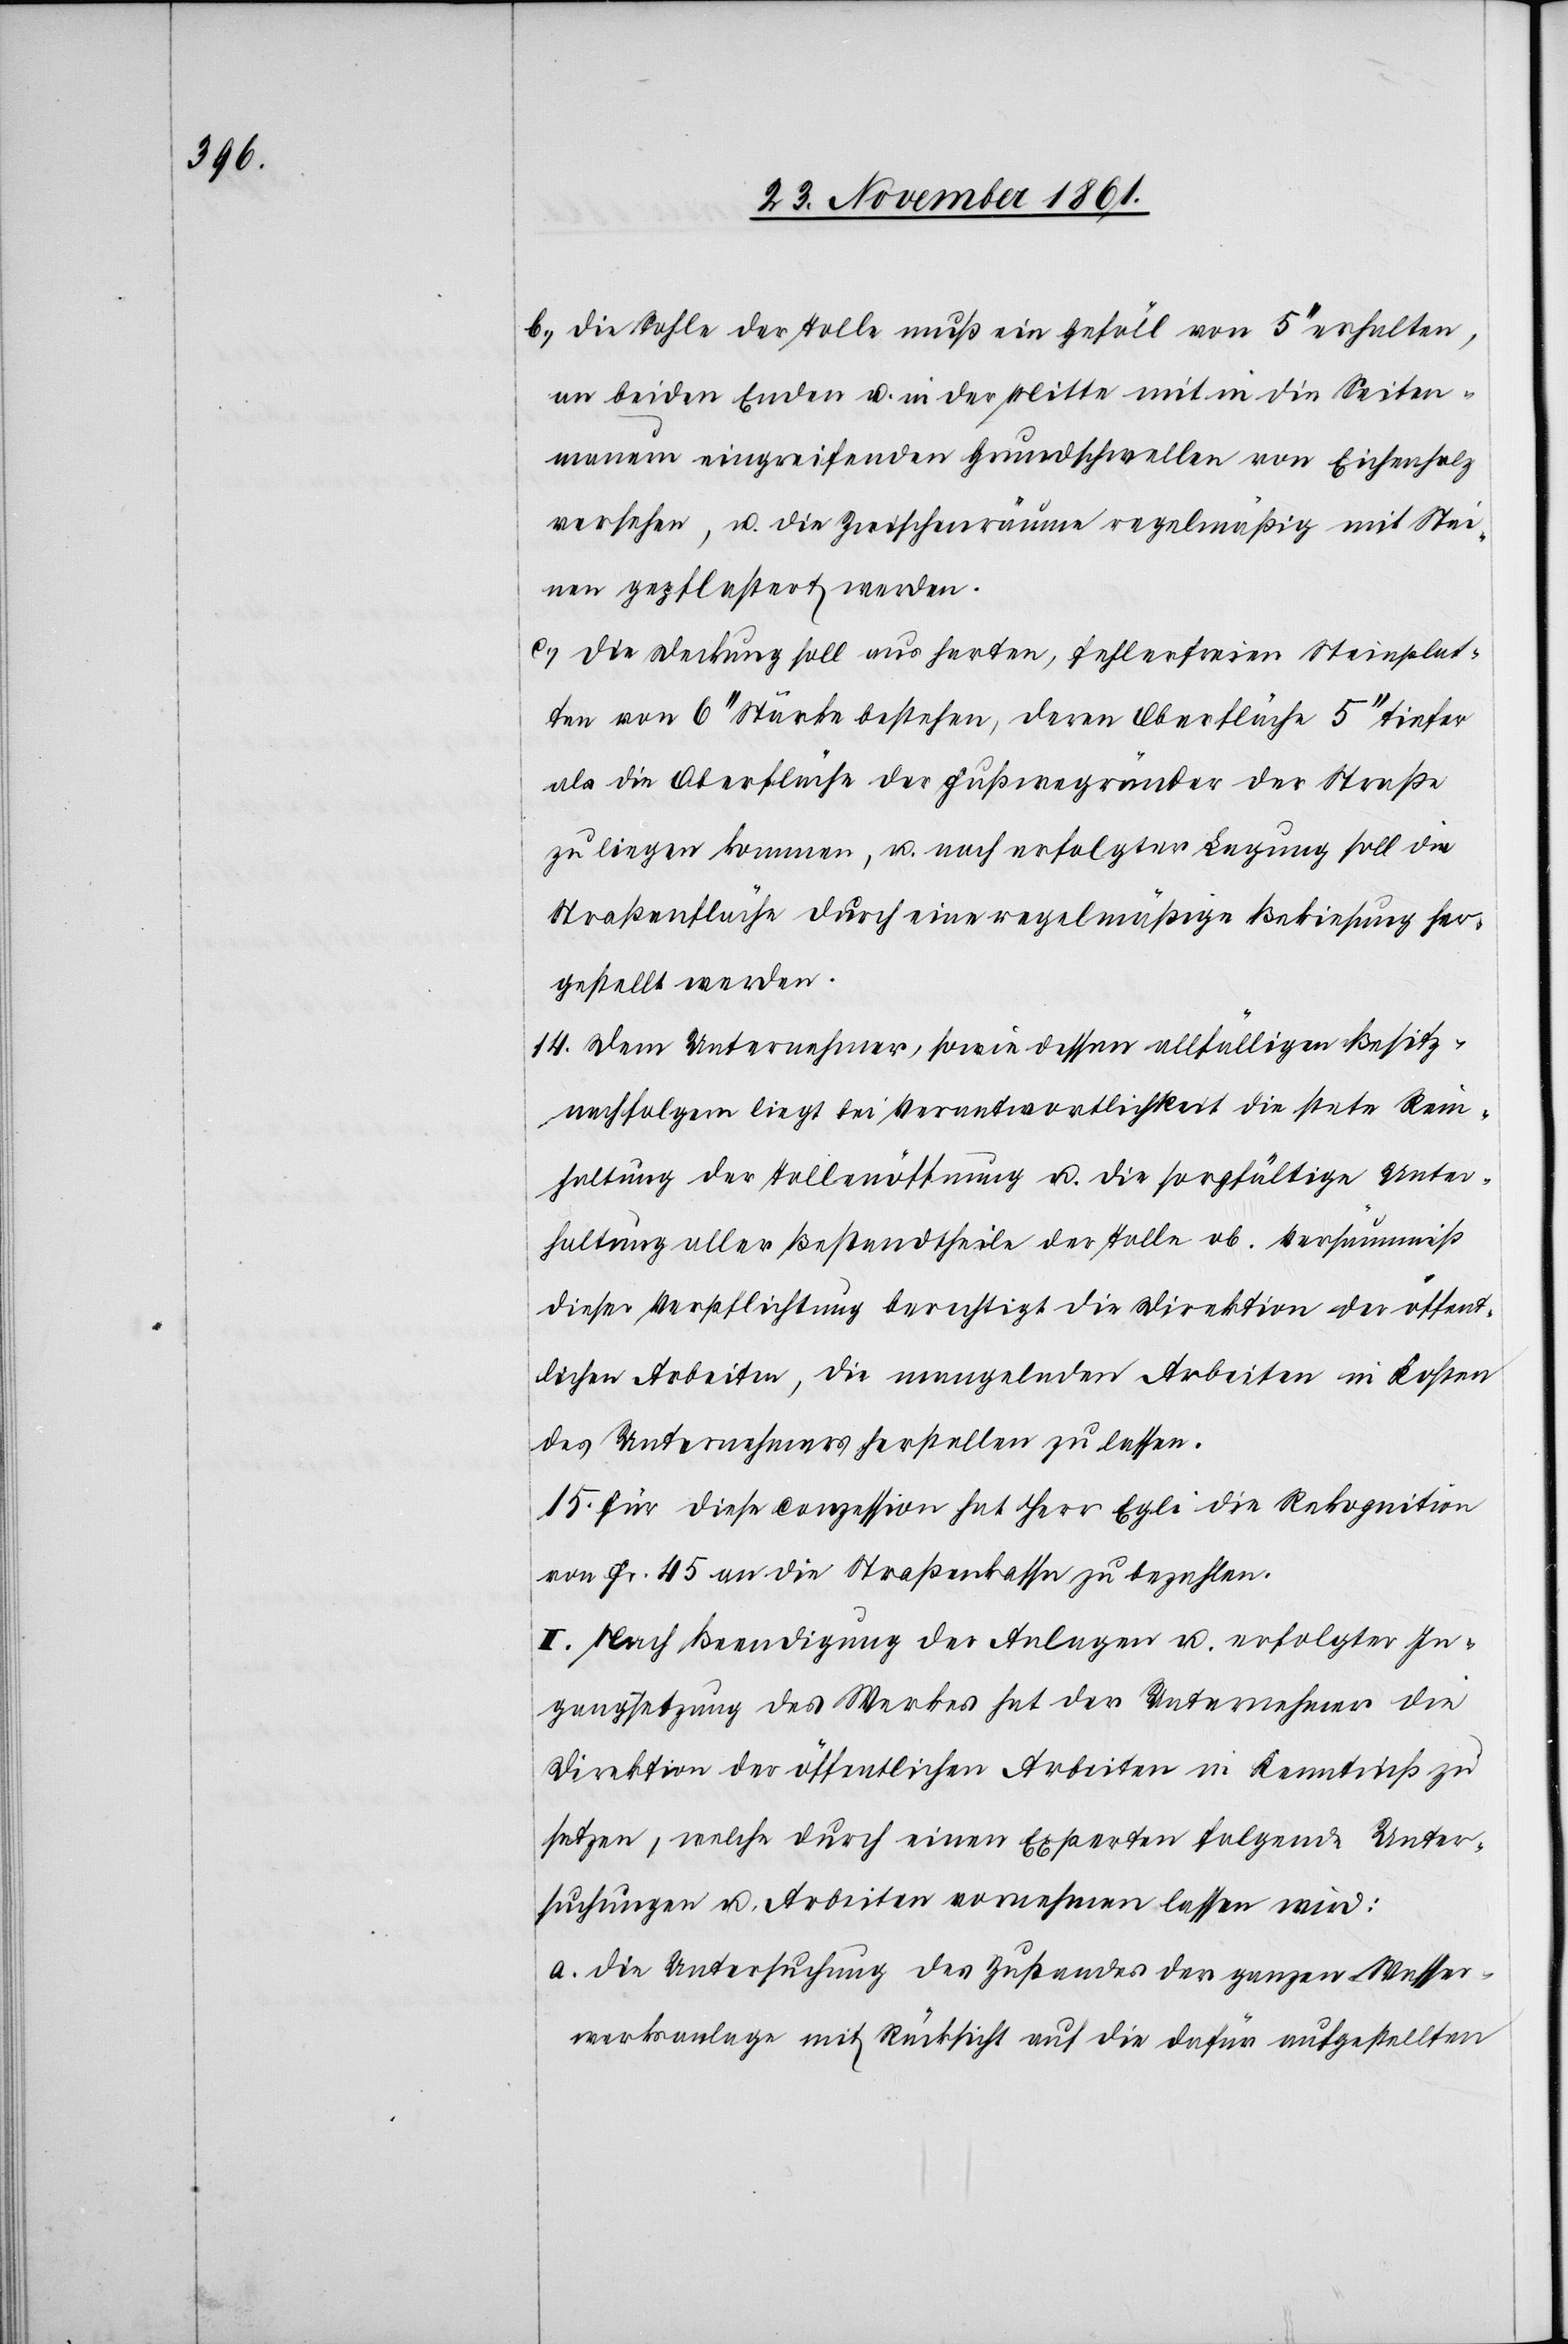
b.) die Sohle der Tolle muß ein Gefäll von 5‘‘ erhalten,
an beiden Enden u. in der Mitte mit in die Seiten¬
mauern eingreifenden Grundschwellen von Eichenholz
versehen, u. die Zwischenräume regelmäßig mit Stei¬
nen gepflastert werden.
c.) die Deckung soll aus harten, fehlerfreien Steinplat¬
ten von 6‘‘ Stärke bestehen, deren Oberfläche 5‘‘ tiefer
als die Oberfläche der Fußwegränder der Straße
zu liegen kommen, u. nach erfolgter Legung soll die
Straßenfläche durch eine regelmäßige Bekiesung her¬
gestellt werden.
14. Dem Unternehmer sowie dessen allfälligen Besitz¬
nachfolgern liegt bei Verantwortlichkeit die stete Rein¬
haltung der Tollenöffnung u. die sorgfältige Unter¬
haltung aller Bestandtheile der Tolle ob. Versäumniß
dieser Verpflichtung berechtigt die Direktion der öffent¬
lichen Arbeiten, die mangelnden Arbeiten in Kosten
des Unternehmers herstellen zu lassen.
15. Für diese Conzession hat Herr Egli die Rekognition
von Fr. 45 an die Straßenkassa zu bezahlen.
II. Nach Beendigung der Anlagen u. erfolgter In¬
gangsetzung des Werkes hat der Unternehmer die
Direktion der öffentlichen Arbeiten in Kenntniß zu
setzen, welche durch einen Experten folgende Unter¬
suchungen u. Arbeiten vornehmen lassen wird:
a. die Untersuchung des Zustandes der ganzen Wasser¬
werksanlage mit Rücksicht auf die dafür aufgestellten